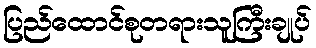
ပြည်ထောင်စုတရားသူကြီးချုပ်